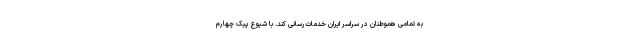
به تمامی هموطنان در سراسر ایران خدمات‌رسانی کند. با شیوع پیک چهارم